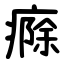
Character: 㾻